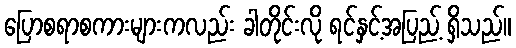
ပြောစရာစကားများကလည်း ခါတိုင်းလို ရင်နှင့်အပြည့် ရှိသည်။